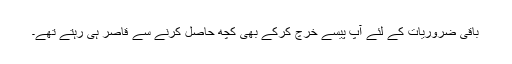
باقی ضروریات کے لئے آپ پیسے خرچ کرکے بھی کچھ حاصل کرنے سے قاصر ہی رہتے تھے۔